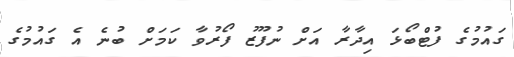
ގައުމުގެ ފުޓްބޯޅަ އިދާރާ އަށް ނުފޫޒު ފޯރުވާ ކަމަށް ބުނެ އެ ގައުމުގެ